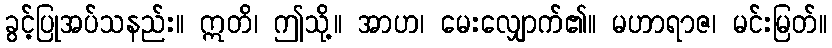
ခွင့်ပြုအပ်သနည်း။ ဣတိ၊ ဤသို့။ အာဟ၊ မေးလျှောက်၏။ မဟာရာဇ၊ မင်းမြတ်။